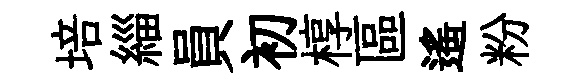
培緇員初椁區遙粉